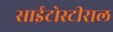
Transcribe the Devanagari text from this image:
साईटोस्टीराल